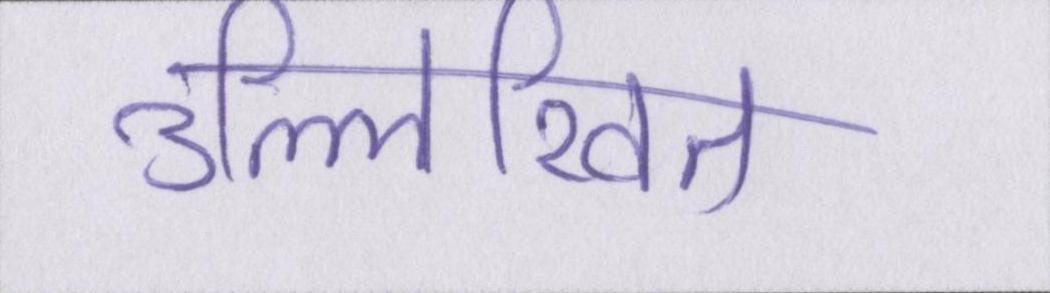
उल्लिखित